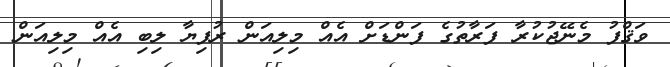
ވަޤްފު މެނޭޖުކުރާ ފަރާތުގެ ފަންޑަށް އެއް މިލިއަން ރުފިޔާ ލިބި އެއް މިލިއަން